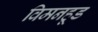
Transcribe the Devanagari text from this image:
विमनहूड